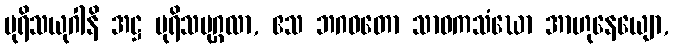
ပုရိသယုဂါနိ အဋ္ဌ ပုရိသပုဂ္ဂလာ, ဧသ ဘဂဝတော သာဝကသံဃော အာဟုနေယျော,